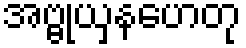
အဗ္ဗုယှနဟေတု